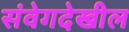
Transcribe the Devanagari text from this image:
संवेगदेखील